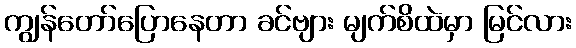
ကျွန်တော်ပြောနေတာ ခင်ဗျား မျက်စိထဲမှာ မြင်လား